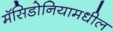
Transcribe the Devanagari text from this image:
मॅसिडोनियामधील